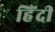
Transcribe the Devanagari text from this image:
हिंंदी